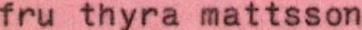
fru thyra mattsson